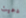
دعيت